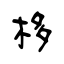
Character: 栘